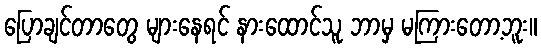
ပြောချင်တာတွေ များနေရင် နားထောင်သူ ဘာမှ မကြားတော့ဘူး။